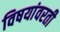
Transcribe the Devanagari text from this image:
विषयांवरती